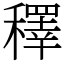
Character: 䆁